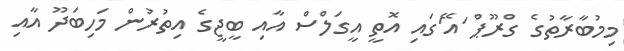
މިމުބާރާތުގެ ގްރޫޕް 'އޭ'ގައި އޮތީ އީގަލްސް އާއި ބީޖީގެ އިތުރުން މަހިބަދޫ އާއި